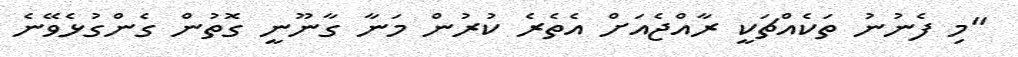
"މި ފެނުނު ތަކެއްޗަކީ ރާއްޖެއަށް އެތެރެ ކުރުން މަނާ ގާނޫނީ ގޮތުން ގެންގުޅެވޭނެ